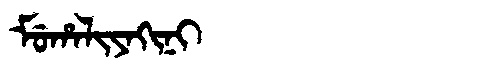
Manchu: ᠮᡠᡥᠠᠯᡳᠶᠠᡴᡳᠨᡳ
Romanization: MUHALIYAKINI